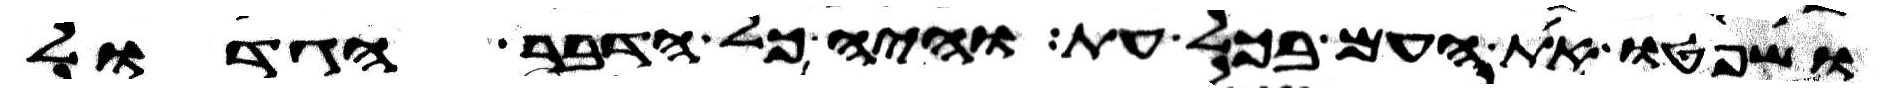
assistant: ושפטו את העם בכל עת והיה כל הדבר הגדול